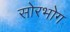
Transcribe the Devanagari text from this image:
सोरभोग